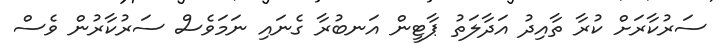
ސަރުކާރަށް ކުރާ ތާއިދު އަދާލަތު ޕާޓީން އަނބުރާ ގެނައި ނަމަވެސް ސަރުކާރުން ވެސް